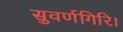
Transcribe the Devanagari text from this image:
सुवर्णगिरि।